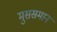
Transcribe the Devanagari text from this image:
मुससमान